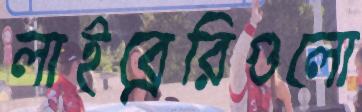
লাইব্রেরিগুলো